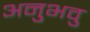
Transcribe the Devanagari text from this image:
अनुभवु